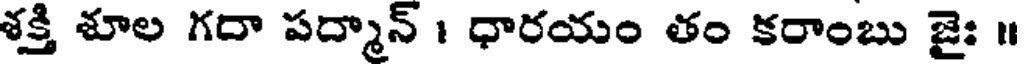
శక్తి శూల గదా పద్మాన్ । ధారయం తం కరాంబు జైః ॥